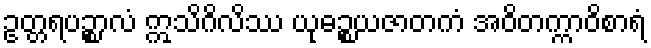
ဥတ္တရပဉ္စာလံ ဣသိဂိလိဿ ယုဓဉ္စယဇာတကံ အဝိတက္ကာဝိစာရံ